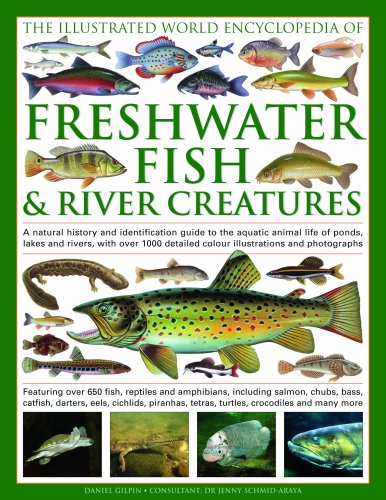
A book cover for The Illustrated World Encyclopedia of Freshwater Fish & River Creatures: A Natural History and Identification Guide to the Animal Life of Ponds, Lakes ... 1000 Detailed Illustrations and Photographs; Daniel Gilpin; Science & Math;